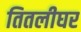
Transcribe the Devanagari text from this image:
तितलीघर